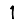
Digit: 1